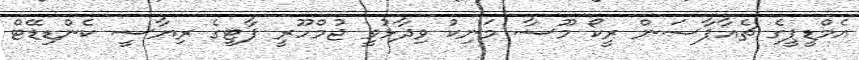
އެމްޑީޕީގެ ޗެއާޕާސަން ރީކޯ މޫސާ މަނިކު ވިދާޅުވީ ޖުމްހޫރީ ޕާޓީގެ ރިޔާސީ ކެންޑިޑޭޓް